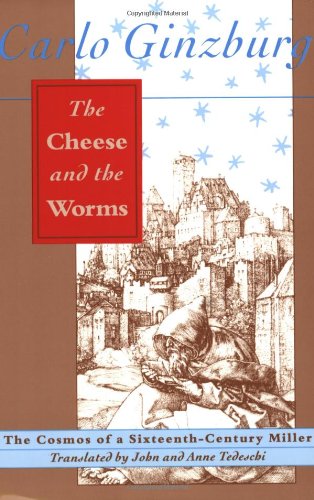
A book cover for The Cheese and the Worms: The Cosmos of a Sixteenth-Century Miller; Carlo Ginzburg; History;